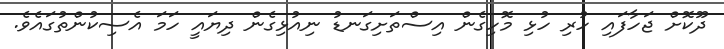
ދޫކޮށް ޖަހާފައި ހުރި ހުޅި މޮހިގެން އިސްތަށިގަނޑު ނިއުޅިގެން ދިޔައީ ހަމަ އެސިކުންތުގައެވެ.